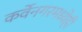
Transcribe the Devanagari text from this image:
कर्वेनगरमध्येही